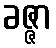
ခဇ္ဇာ